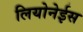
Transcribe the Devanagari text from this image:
लियोनेईस